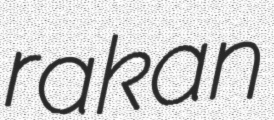
rakan